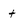
Character: t